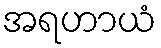
အရဟာယံ